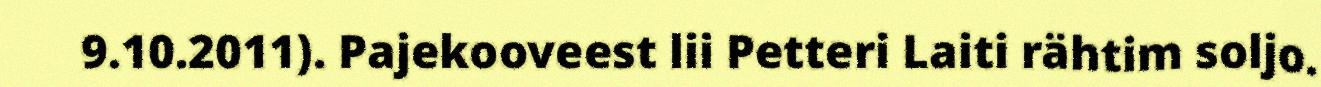
9.10.2011). Pajekooveest lii Petteri Laiti rähtim soljo.